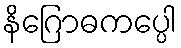
နိဂြောဓကပ္ပေါ